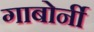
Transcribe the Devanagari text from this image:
गाबोर्नी